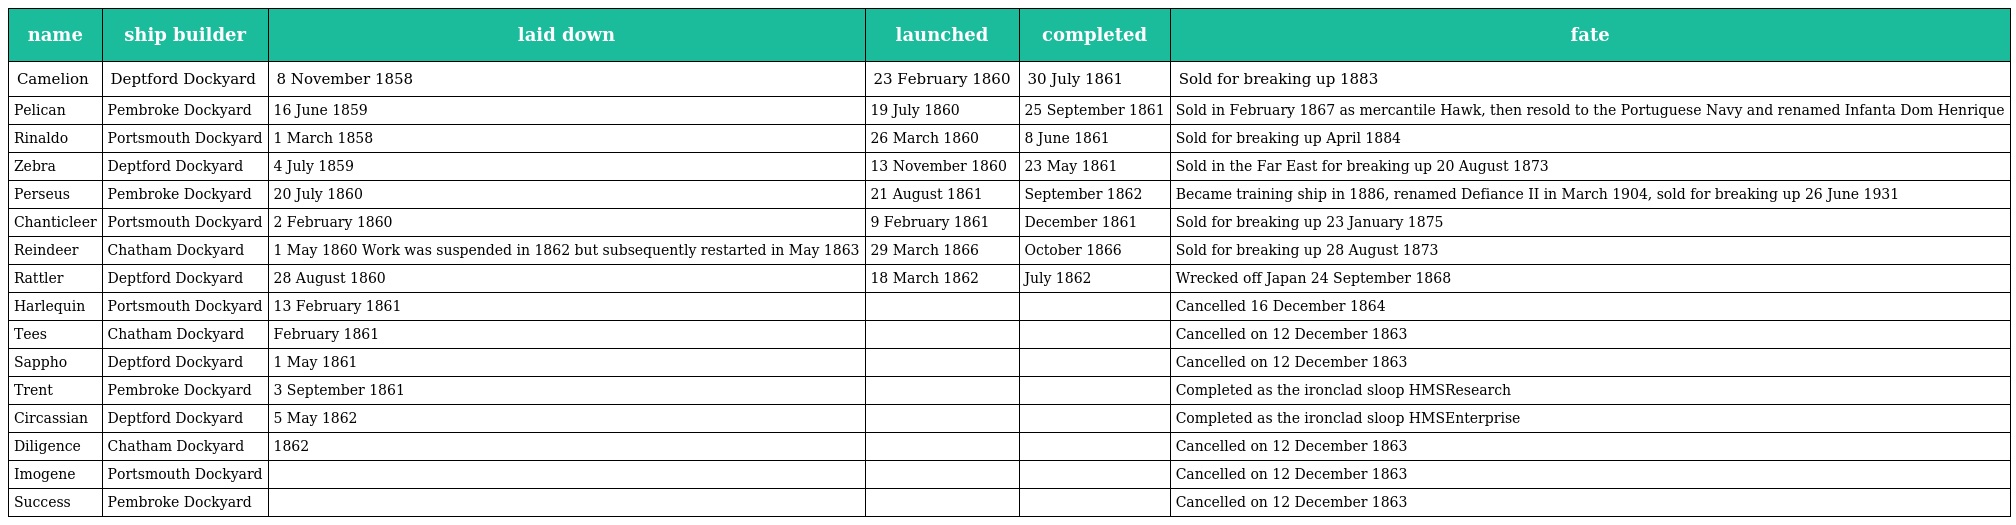
| name | ship builder | laid down | launched | completed | fate |
 | --- | --- | --- | --- | --- | --- |
 | Camelion | Deptford Dockyard | 8 November 1858 | 23 February 1860 | 30 July 1861 | Sold for breaking up 1883 |
 | Pelican | Pembroke Dockyard | 16 June 1859 | 19 July 1860 | 25 September 1861 | Sold in February 1867 as mercantile Hawk, then resold to the Portuguese Navy and renamed Infanta Dom Henrique |
 | Rinaldo | Portsmouth Dockyard | 1 March 1858 | 26 March 1860 | 8 June 1861 | Sold for breaking up April 1884 |
 | Zebra | Deptford Dockyard | 4 July 1859 | 13 November 1860 | 23 May 1861 | Sold in the Far East for breaking up 20 August 1873 |
 | Perseus | Pembroke Dockyard | 20 July 1860 | 21 August 1861 | September 1862 | Became training ship in 1886, renamed Defiance II in March 1904, sold for breaking up 26 June 1931 |
 | Chanticleer | Portsmouth Dockyard | 2 February 1860 | 9 February 1861 | December 1861 | Sold for breaking up 23 January 1875 |
 | Reindeer | Chatham Dockyard | 1 May 1860 Work was suspended in 1862 but subsequently restarted in May 1863 | 29 March 1866 | October 1866 | Sold for breaking up 28 August 1873 |
 | Rattler | Deptford Dockyard | 28 August 1860 | 18 March 1862 | July 1862 | Wrecked off Japan 24 September 1868 |
 | Harlequin | Portsmouth Dockyard | 13 February 1861 |  |  | Cancelled 16 December 1864 |
 | Tees | Chatham Dockyard | February 1861 |  |  | Cancelled on 12 December 1863 |
 | Sappho | Deptford Dockyard | 1 May 1861 |  |  | Cancelled on 12 December 1863 |
 | Trent | Pembroke Dockyard | 3 September 1861 |  |  | Completed as the ironclad sloop HMSResearch |
 | Circassian | Deptford Dockyard | 5 May 1862 |  |  | Completed as the ironclad sloop HMSEnterprise |
 | Diligence | Chatham Dockyard | 1862 |  |  | Cancelled on 12 December 1863 |
 | Imogene | Portsmouth Dockyard |  |  |  | Cancelled on 12 December 1863 |
 | Success | Pembroke Dockyard |  |  |  | Cancelled on 12 December 1863 |